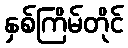
နှစ်ကြိမ်တိုင်